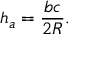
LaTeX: h _ { a } = { \frac { b c } { 2 R } } .